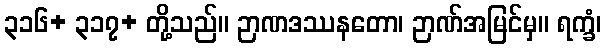
၃၁၆+ ၃၁၇+ တို့သည်။ ဉာဏဒဿနတော၊ ဉာဏ်အမြင်မှ။ ရက္ခံ၊